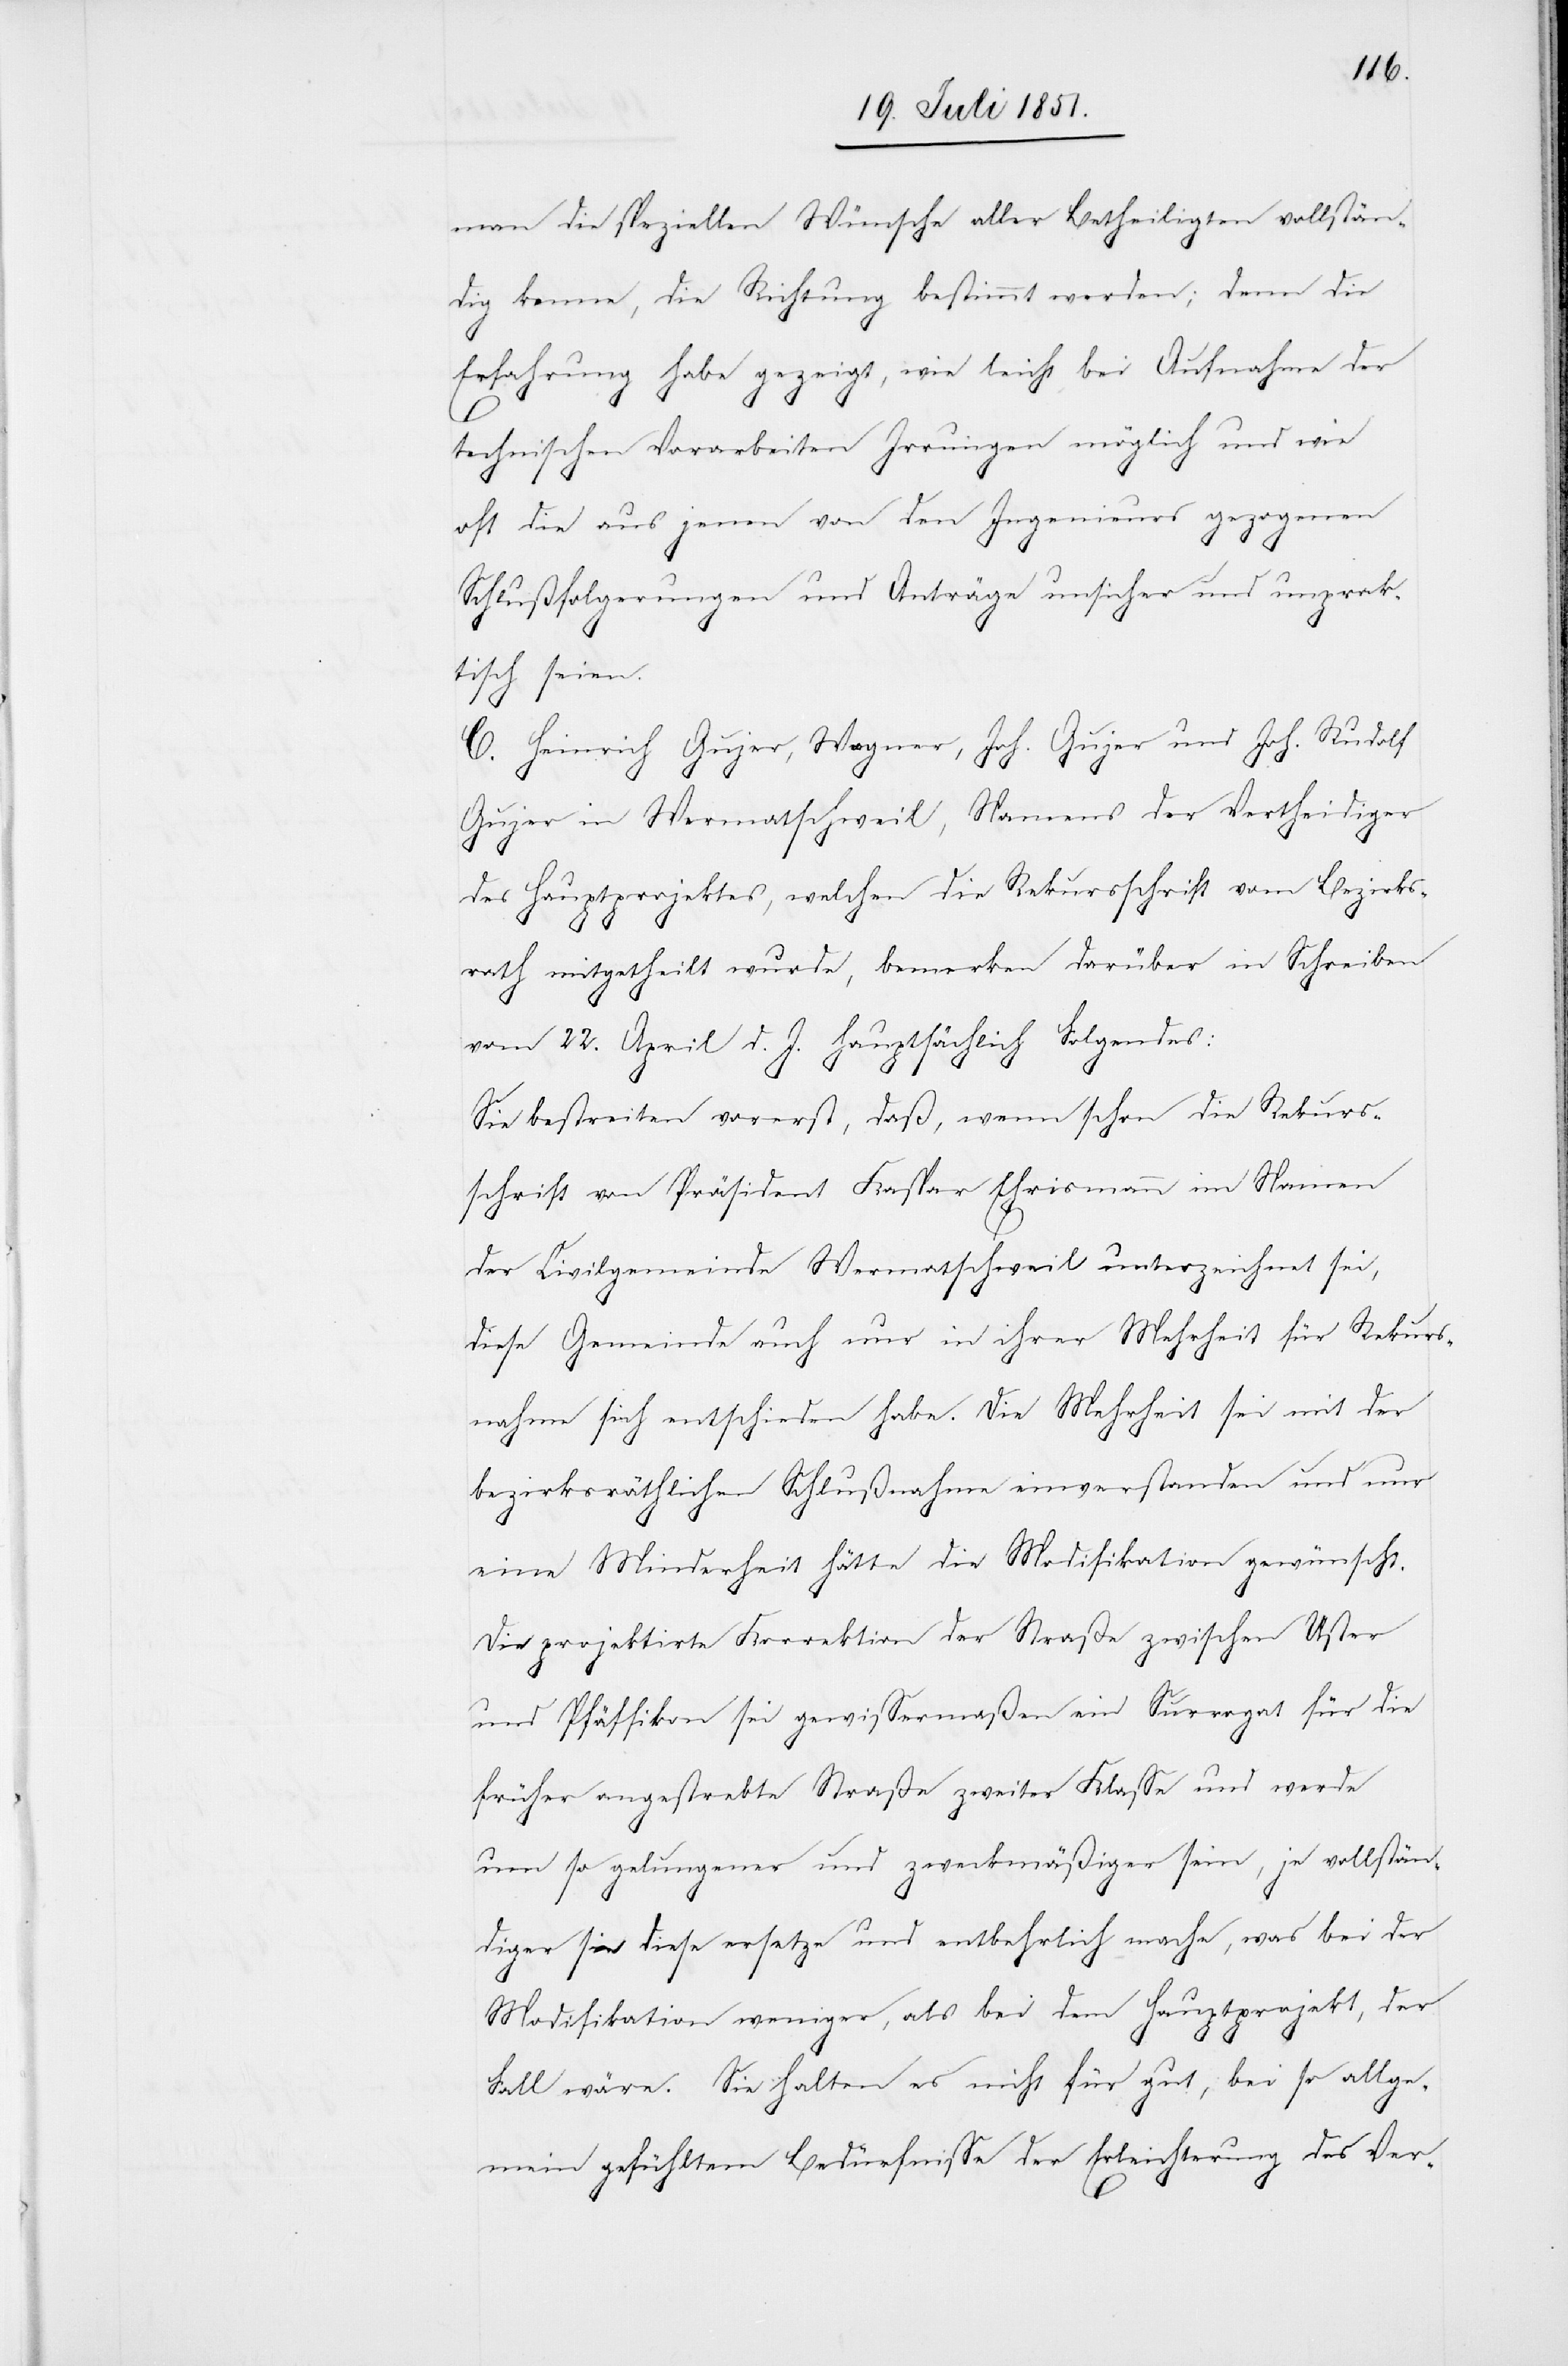
man die speziellen Wünsche aller Betheiligten vollstän¬
dig kenne, die Richtung bestimmt werden; denn die
Erfahrung habe gezeigt, wie leicht bei Aufnahme der
technischen Vorarbeiten Irrungen möglich und wie
oft die aus jenen von den Ingenieurs gezogenen
Schlußfolgerungen und Anträge unsicher und unprak¬
tisch seien.
C. Heinrich Gujer, Wagner, Joh. Gujer und Joh. Rudolf
Gujer in Wermatschweil, Namens der Vertheidiger
des Hauptprojektes, welchen die Rekursschrift vom Bezirks¬
rath mitgetheilt wurde, bemerken darüber in Schreiben
vom 22. April d. J. hauptsächlich Folgendes:
Sie bestreiten vorerst, daß, wenn schon die Rekurs¬
schrift von Präsident Kaspar Ehrismann im Namen
der Civilgemeinde Wermatschweil unterzeichnet sei,
diese Gemeinde auch nur in ihrer Mehrheit für Rekurs¬
nahme sich entschieden habe. Die Mehrheit sei mit der
bezirksräthlichen Schlußnahme einverstanden und nur
eine Minderheit hätte die Modifikation gewünscht.
Die projektirte Korrektion der Straße zwischen Uster
und Pfäffikon sei gewissermaßen ein Surrogat für die
früher angestrebte Straße zweiter Klasse und werde
um so gelungener und zweckmäßiger sein, je vollstän¬
diger sie diese ersetze und entbehrlich mache, was bei der
Modifikation weniger, als bei dem Hauptprojekt, der
Fall wäre. Sie halten es nicht für gut, bei so allge¬
mein gefühltem Bedürfnisse der Erleichterung des Ver-